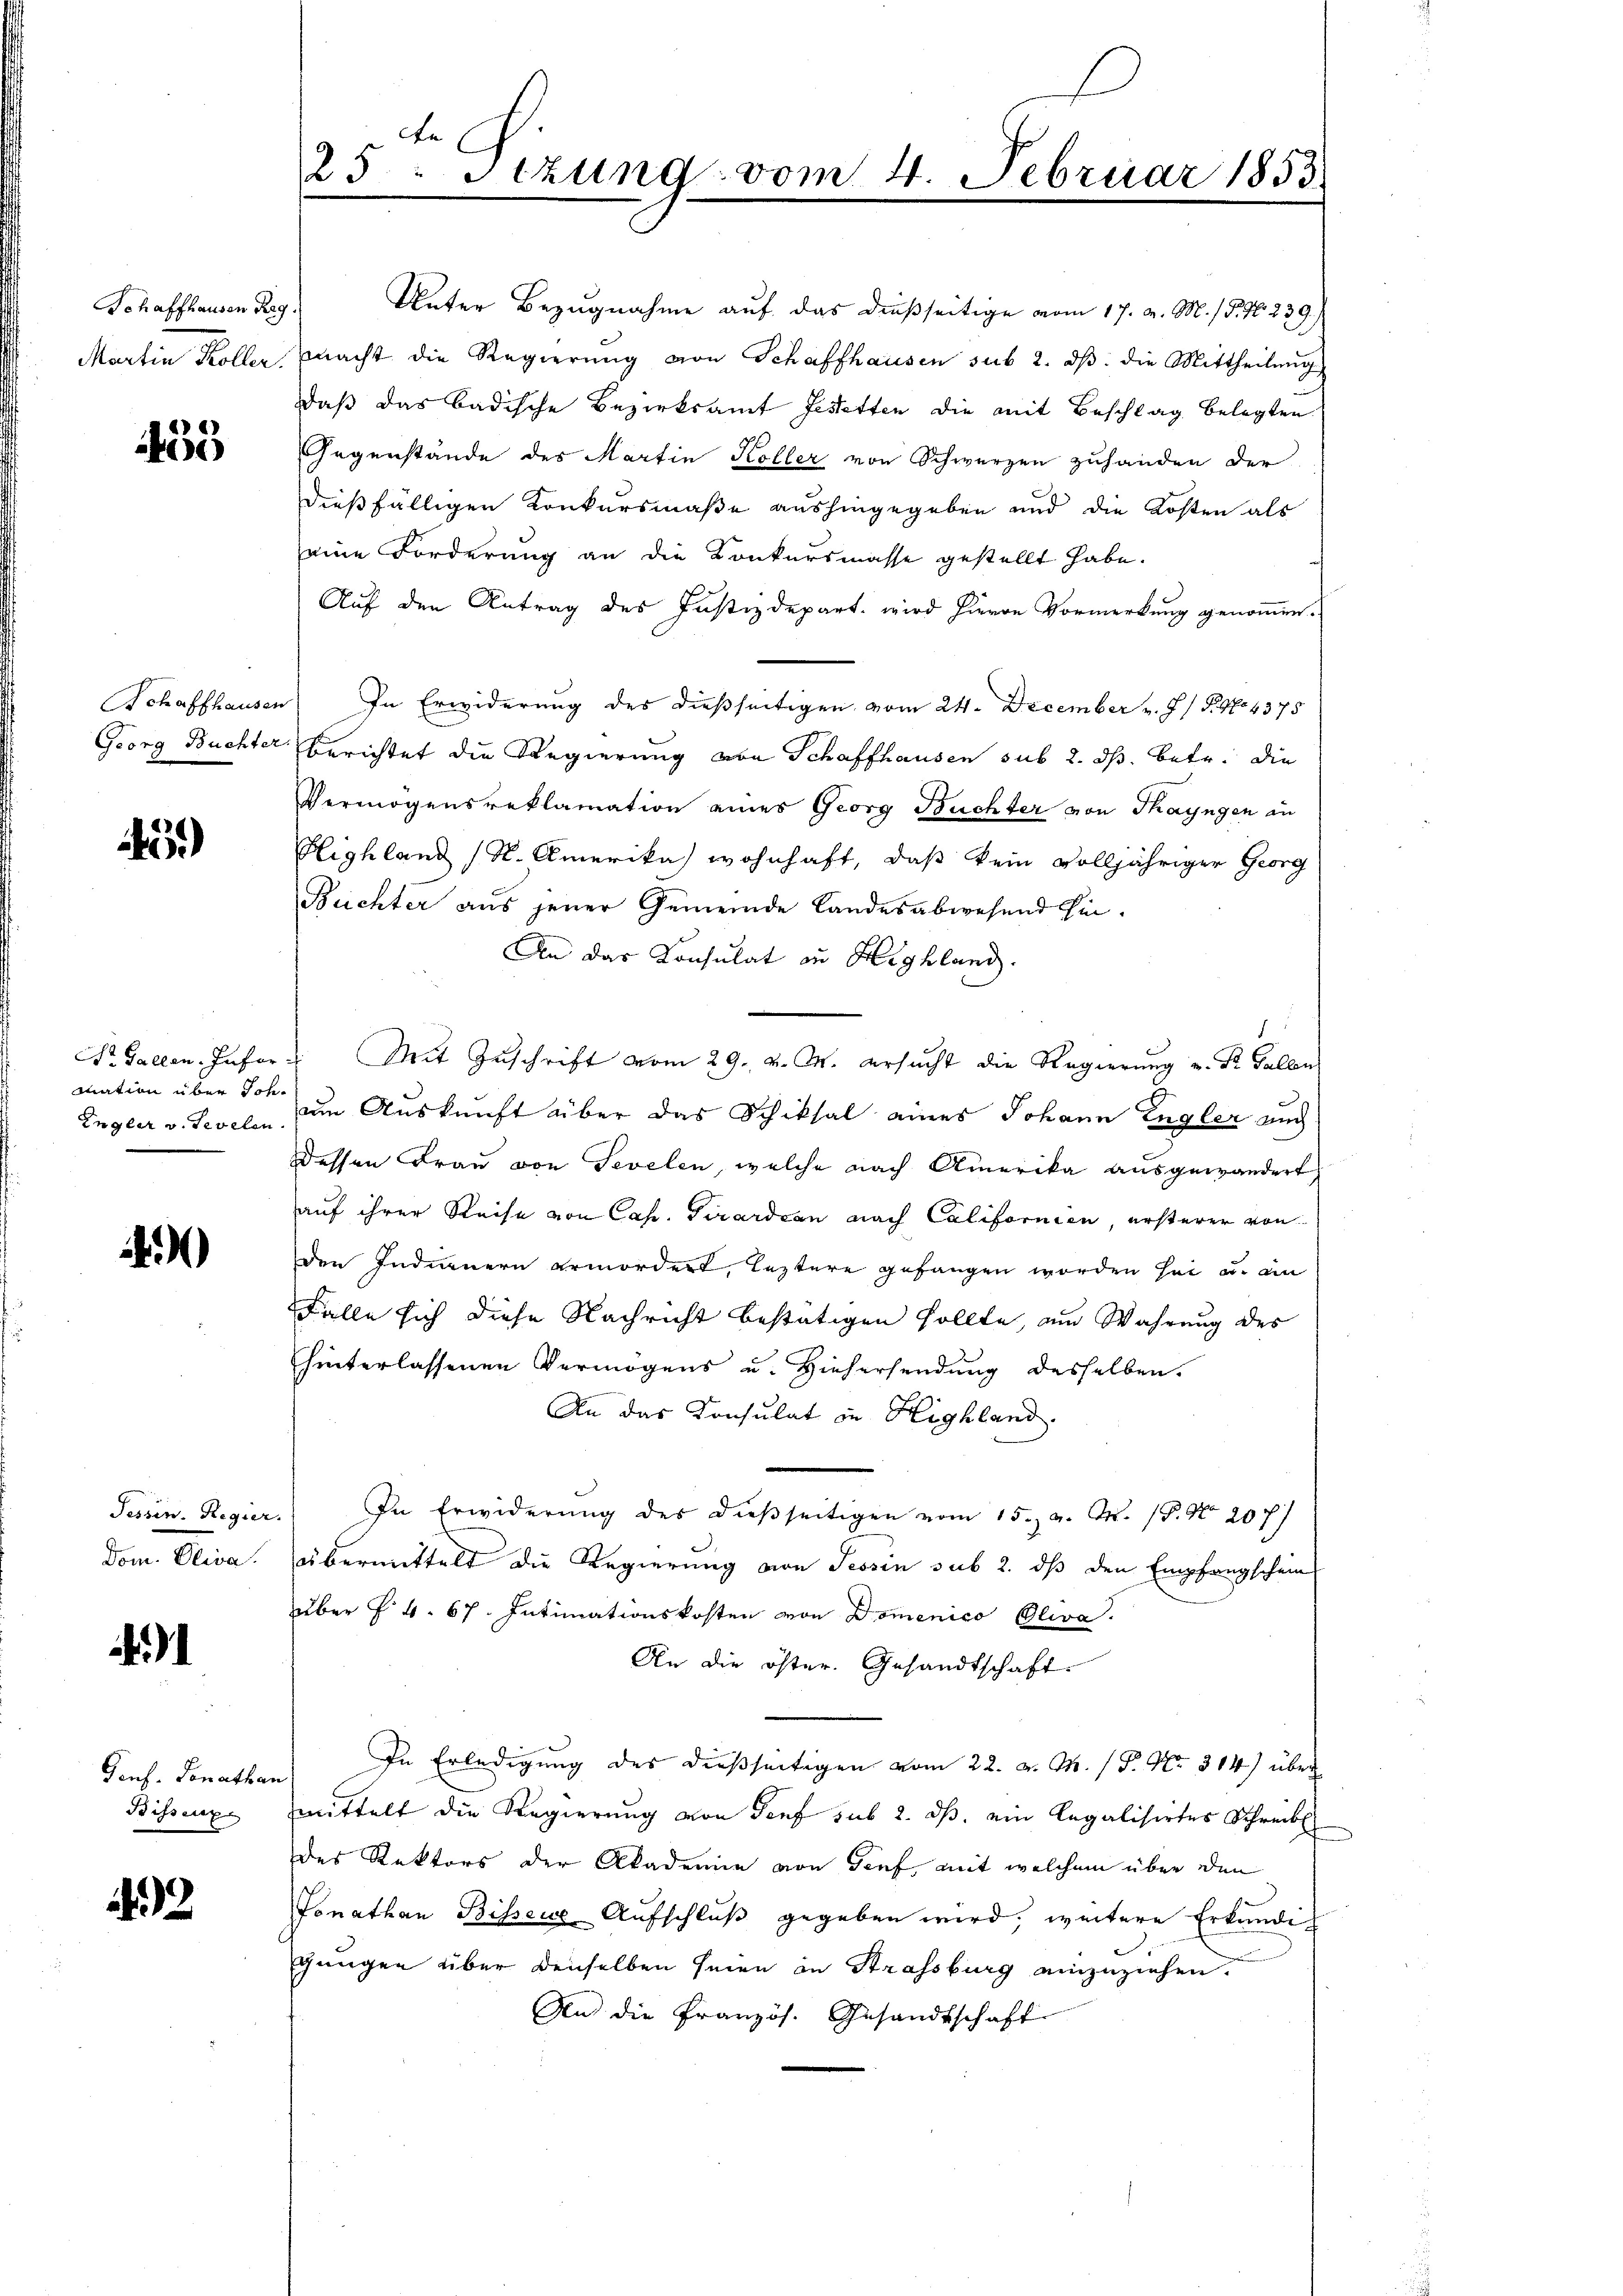
Schaffhausen Reg.
Martin Koller.

455

Georg Büchter.

)

Pr. Gallen. Inford
mation über Joh.

4)

Tessin. Regier.
die Alin

.

Genf. Donathan
Bissenp

42

.
25: Sizung vom 4. Februar 1853.

Unter Bezugnahme auf das dießseitige vom 17. d. M. / P. Nr. 239.)
macht die Regierŭng von Schaffhausen sub 2. dβ. die Mittheilŭng
Daß das badische Bezirksamt Jestetten die mit Beschlag belegten
Gegenstände des Martin Koller von Schwerzen zuhanden der
dießfälligen Konkursmaße aushingegeben und die Kosten als
eine Forderung an die Konkursmasse gestellt habe.
Auf den Antrag des Justizdepart. wird hievon Vormerkung genommen.
Schaffhausen In Erwiderung des dießseitigen vom 24. December v. J. P. No. 4375
Berichtet die Regierung von Schaffhausen sub 2. ds. betr. die
Vermögensreklamation eines Georg Buchter von Thayngen an
Highland (S. Amerika wohnhaft, daß kein volljähriger Georg
Büchter aus jener Gemeinde Landesabwesend hin¬
An das Consulat in Highland.
Mit Zuschrift vom 29. v. M. ersucht die Regierung u. St. Gallen
Engler v. Tevelin. Im Auskunft über das Schiksal eines Johann Engler auch
dessen Frau von Sevelen, welche nach Amerika ausgewandert
auf ihrer Reise von Cap. Girardran nach Californien, ersterer von
den Indinnern ermordert, leztere gefangen worden sei u. an
Falle sich diese Nachricht bestätigen sollte, am Wahrung des
hinterlassenen Vermögens u. Hiehersendung desselben.
An das Konsulat in Highland.
) In Erwiderŭng des dieβseitigen vom 15. d. M. 18. No 20 f.)
übermittelt die Regierung von Tessin sub 2. dß den Empfangschein
über § 4. 67. Intimationskosten von Domenico Oliva
An die öster. Gesandtschaft.
 In Erledigung des dießseitigen vom 22. v. M. (S. Nr. 314) über
mittelt die Regierung von Genf sub 2. ds. ein legalisirtes Schreibe
des Rektors der Akademie von Genf, mit welchem über den
Fonathan Bissere Aufschluß gegeben wird, weitere Erkundig
gungen über denselben seien in Strassburg einzuziehen.
An die Französ. Gesandtschaft